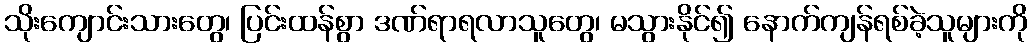
သိုးကျောင်းသားတွေ၊ ပြင်းထန်စွာ ဒဏ်ရာရလာသူတွေ၊ မသွားနိုင်၍ နောက်ကျန်ရစ်ခဲ့သူများကို